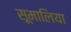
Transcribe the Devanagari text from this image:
सूमालिया